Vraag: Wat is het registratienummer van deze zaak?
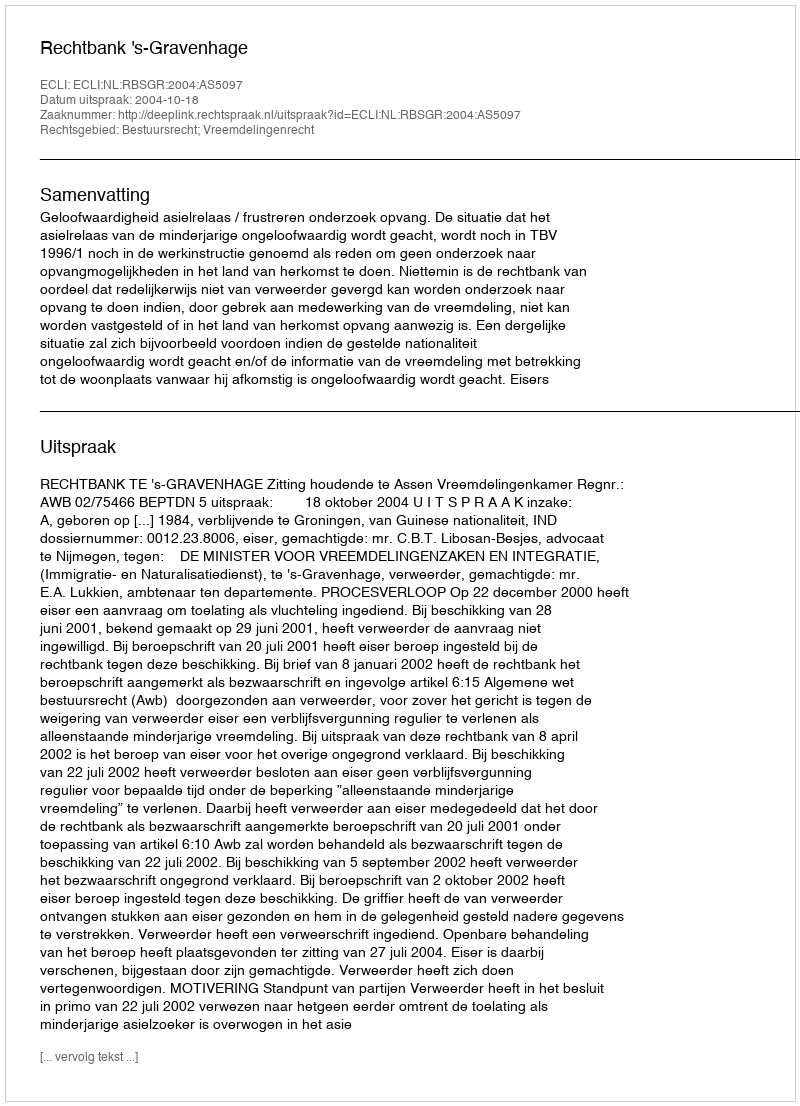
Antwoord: http://deeplink.rechtspraak.nl/uitspraak?id=ECLI:NL:RBSGR:2004:AS5097